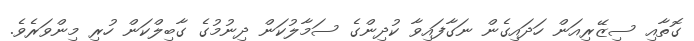
ގޮތާއި ސިޒޭރިއަން ހަދައިގެން ނަގާފައިވާ ކުދިންގެ ސަމާލުކަން ދިނުމުގެ ގާބިލްކަން ހުރި މިންވަރެވެ.